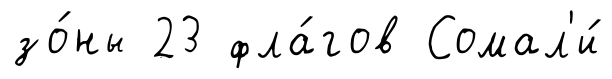
зо́ны 23 фла́гов Сомал'и́